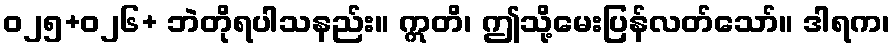
ဝ၂၅+ဝ၂၆+ ဘဲတိုရပါသနည်း။ ဣတိ၊ ဤသို့မေးပြန်လတ်သော်။ ဒါရက၊